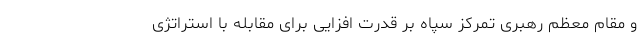
و مقام معظم رهبری تمرکز سپاه بر قدرت افزایی برای مقابله با استراتژی